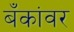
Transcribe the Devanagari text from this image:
बँकांवर